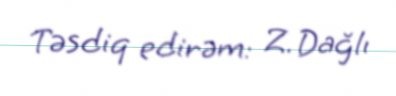
Təsdiq edirəm: Z. Dağlı